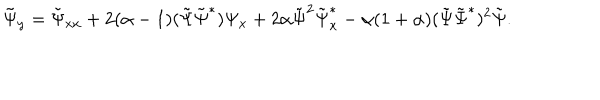
\tilde { \Psi } _ { y } = \tilde { \Psi } _ { x x } + 2 ( \alpha - 1 ) ( \tilde { \Psi } \tilde { \Psi } ^ { * } ) \Psi _ { x } + 2 \alpha \tilde { \Psi } ^ { 2 } \tilde { \Psi } _ { x } ^ { * } - \alpha ( 1 + \alpha ) ( \tilde { \Psi } \tilde { \Psi } ^ { * } ) ^ { 2 } \tilde { \Psi } .